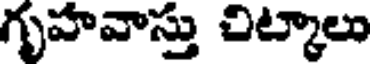
గృహవాస్తు చిట్కాలు